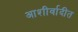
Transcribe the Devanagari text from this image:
आशीर्वादीत